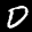
Label: 0